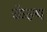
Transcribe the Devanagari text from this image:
केल्प